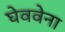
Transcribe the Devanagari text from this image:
घेववेना